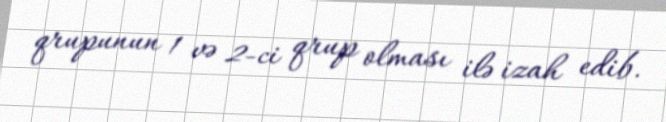
qrupunun 1 və 2-ci qrup olması ilə izah edib.